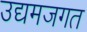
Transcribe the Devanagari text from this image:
उद्यमजगत